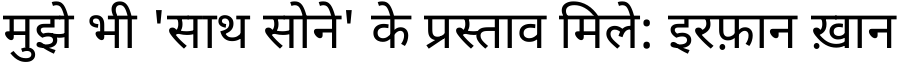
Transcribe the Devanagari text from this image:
मुझे भी 'साथ सोने' के प्रस्ताव मिले: इरफ़ान ख़ान